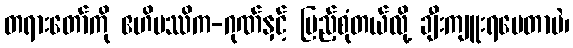
တရားတော်ကို ဧဟိပဿိက-ဂုဏ်နှင့် ပြည့်စုံတယ်လို့ ချီးကျူးရပေတာပဲ၊